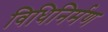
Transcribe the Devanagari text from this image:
विधिनिर्मण